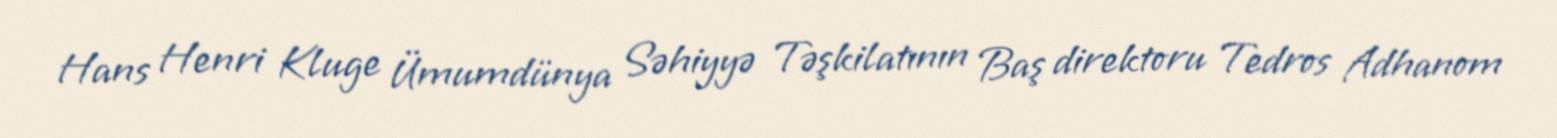
Hans Henri Kluge Ümumdünya Səhiyyə Təşkilatının Baş direktoru Tedros Adhanom